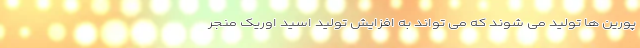
پورین ها تولید می شوند که می تواند به افزایش تولید اسید اوریک منجر